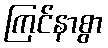
ကြင်နာစွာ